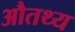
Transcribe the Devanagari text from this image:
औतथ्य